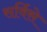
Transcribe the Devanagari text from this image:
सर्विसे